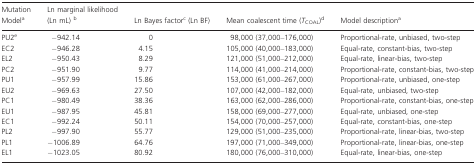
<table><thead><tr><td><b>Mutation Modela</b></td><td><b>Ln marginal likelihood (Ln mL) b</b></td><td><b>Ln Bayes factorc (Ln BF)</b></td><td><b>Mean coalescent time (<i>T</i><sub>COAL</sub>)d</b></td><td><b>Model descriptiona</b></td></tr></thead><tbody><tr><td>PU2e</td><td>−942.14</td><td>0</td><td>98,000 (37,000–176,000)</td><td>Proportional-rate, unbiased, two-step</td></tr><tr><td>EC2</td><td>−946.28</td><td>4.15</td><td>105,000 (40,000–183,000)</td><td>Equal-rate, constant-bias, two-step</td></tr><tr><td>EL2</td><td>−950.43</td><td>8.29</td><td>121,000 (51,000–212,000)</td><td>Equal-rate, linear-bias, two-step</td></tr><tr><td>PC2</td><td>−951.90</td><td>9.77</td><td>114,000 (41,000–214,000)</td><td>Proportional-rate, constant-bias, two-step</td></tr><tr><td>PU1</td><td>−957.99</td><td>15.86</td><td>153,000 (61,000–267,000)</td><td>Proportional-rate, unbiased, one-step</td></tr><tr><td>EU2</td><td>−969.63</td><td>27.50</td><td>107,000 (42,000–182,000)</td><td>Equal-rate, unbiased, two-step</td></tr><tr><td>PC1</td><td>−980.49</td><td>38.36</td><td>163,000 (62,000–286,000)</td><td>Proportional-rate, constant-bias, one-step</td></tr><tr><td>EU1</td><td>−987.95</td><td>45.81</td><td>158,000 (69,000–277,000)</td><td>Equal-rate, unbiased, one-step</td></tr><tr><td>EC1</td><td>−992.24</td><td>50.11</td><td>154,000 (70,000–257,000)</td><td>Equal-rate, constant-bias, one-step</td></tr><tr><td>PL2</td><td>−997.90</td><td>55.77</td><td>129,000 (51,000–235,000)</td><td>Proportional-rate, linear-bias, two-step</td></tr><tr><td>PL1</td><td>−1006.89</td><td>64.76</td><td>197,000 (71,000–349,000)</td><td>Proportional-rate, linear-bias, one-step</td></tr><tr><td>EL1</td><td>−1023.05</td><td>80.92</td><td>180,000 (76,000–310,000)</td><td>Equal-rate, linear-bias, one-step</td></tr></tbody></table>